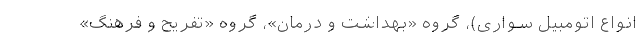
انواع اتومبیل سواری)، گروه «بهداشت و درمان»، گروه «تفریح و فرهنگ»